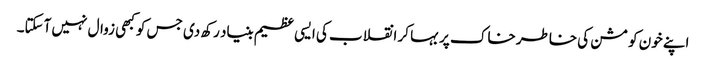
اپنے خون کو مشن کی خاطر خاک پر بہا کر انقلاب کی ایسی عظیم بنیاد رکھ دی جس کو کبھی زوال نہیں آسکتا۔